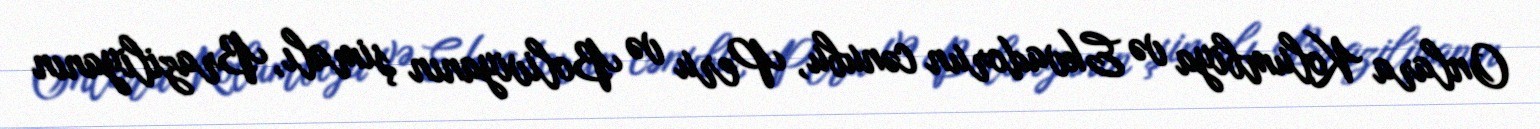
Onlara Kolumbiya və Ekvadorun cənubu, Peru və Boliviyanın şimalı, Braziliyanın